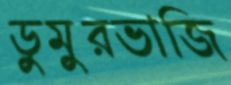
ডুমুরভাজি